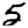
Digit: 5